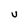
Character: U